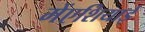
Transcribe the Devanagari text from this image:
मेंएशियाई